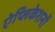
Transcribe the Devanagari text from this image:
ऐप्लिकेशनों